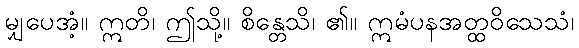
မျှပေအံ့။ ဣတိ၊ ဤသို့။ စိန္တေသိ၊ ၏။ ဣမံပနအတ္ထဝိသေသံ၊